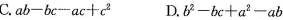
C.$$a b - b c - a c + c ^ { 2 }$$ D.$$b ^ { 2 } - c + a ^ { 2 } - a b$$